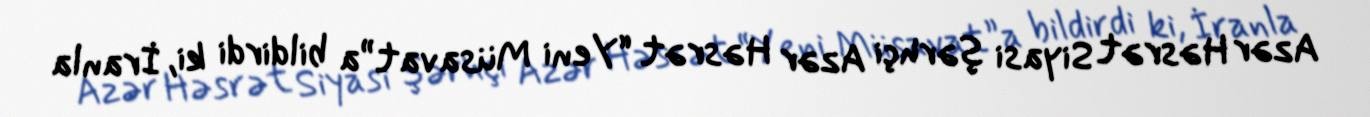
Azər Həsrət Siyasi şərhçi Azər Həsrət “Yeni Müsavat”a bildirdi ki, İranla